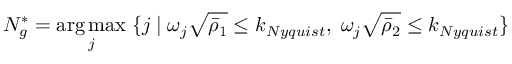
N _ { g } ^ { * } = \underset { j } { \mathrm { a r g \, m a x } } \; \{ j \; | \; \omega _ { j } \sqrt { \bar { \rho } _ { 1 } } \leq k _ { N y q u i s t } , \; \omega _ { j } \sqrt { \bar { \rho } _ { 2 } } \leq k _ { N y q u i s t } \}